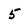
Character: 5